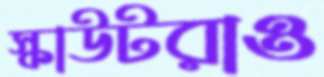
স্কাউটরাও